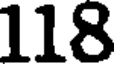
118